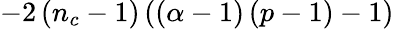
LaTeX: -2\left(n_{c}-1\right)\left(\left(\alpha-1\right)\left(p-1\right)-1\right)